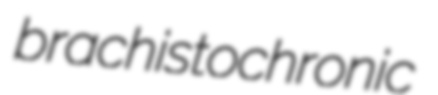
brachistochronic